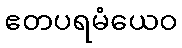
ဧတပရမံယေဝ